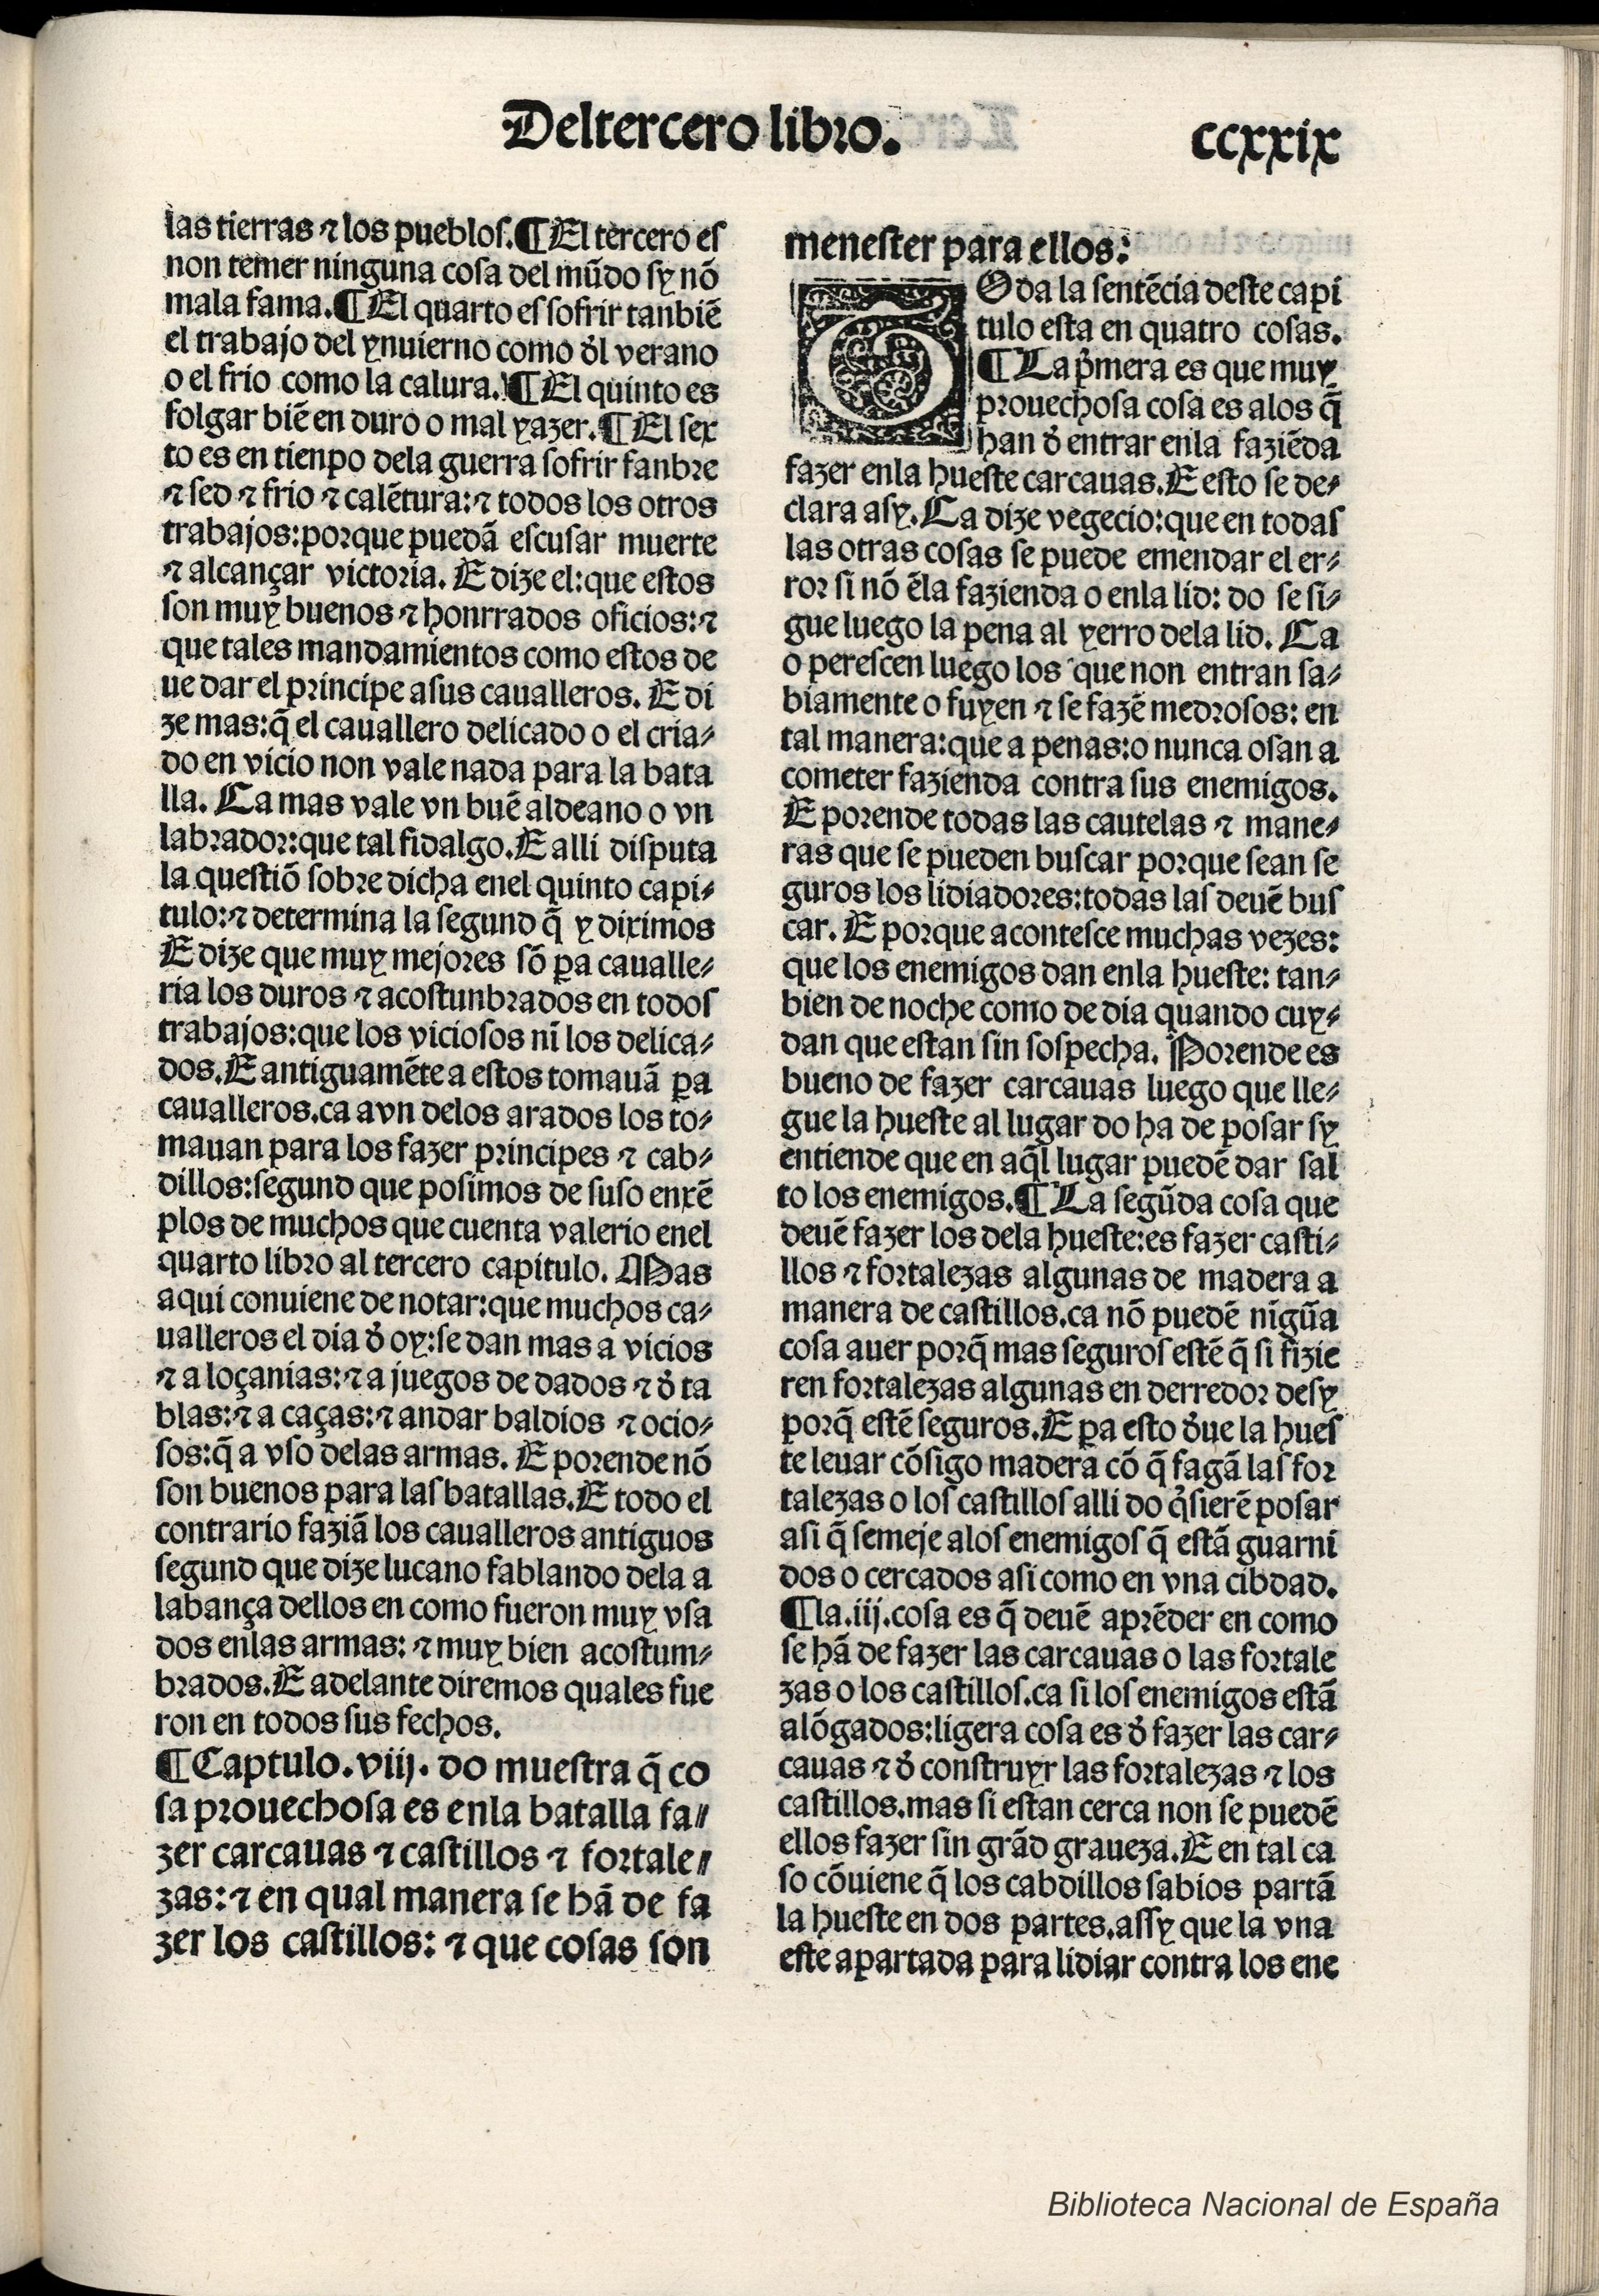
Shelfmark: Madrid, BNE, Inc. 901
Century: 15